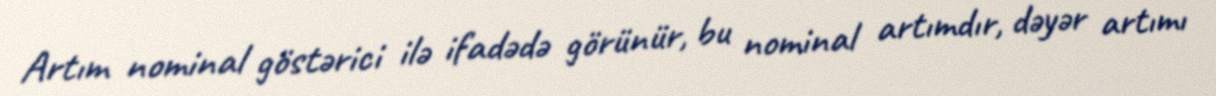
Artım nominal göstərici ilə ifadədə görünür, bu nominal artımdır, dəyər artımı